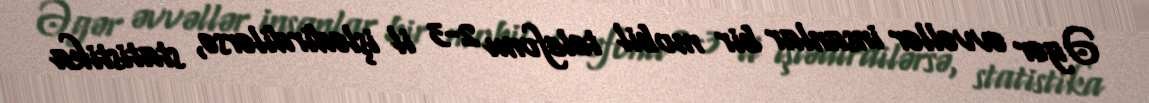
Əgər əvvəllər insanlar bir mobil telefonu 2-3 il işlədirdilərsə, statistika